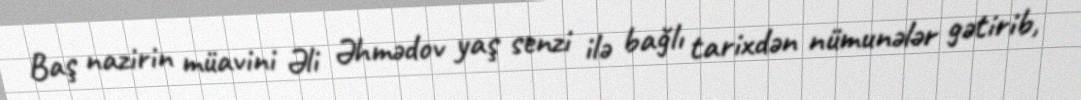
Baş nazirin müavini Əli Əhmədov yaş senzi ilə bağlı tarixdən nümunələr gətirib,